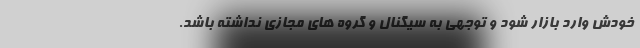
خودش وارد بازار شود و توجهی به سیگنال و گروه های مجازی نداشته باشد.